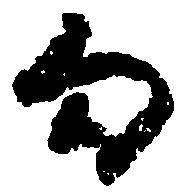
勾